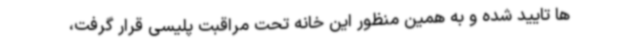
ها تایید شده و به همین منظور این خانه تحت مراقبت پلیسی قرار گرفت،